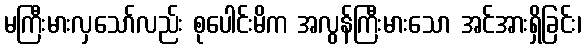
မကြီးမားလှသော်လည်း စုပေါင်းမိက အလွန်ကြီးမားသော အင်အားရှိခြင်း၊